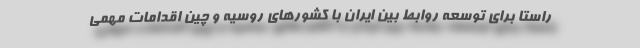
راستا برای توسعه روابط بین ایران با کشورهای روسیه و چین اقدامات مهمی